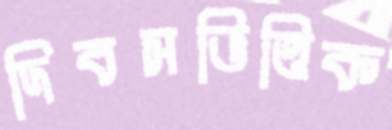
দিবসভিত্তিক